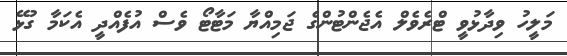
މަލީހު ވިދާޅުވީ ޓްރެވެލް އެޖެންޓުންގެ ޖަމިއްޔާ މަޓާޓޯ ވެސް އުފެއްދީ އެކަމާ ގުޅޭ